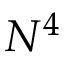
N ^ { 4 }